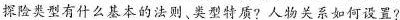
探险类型有什么共本的法则,、类型特质?人物关系如何设置?